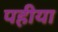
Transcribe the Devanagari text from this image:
पहीया